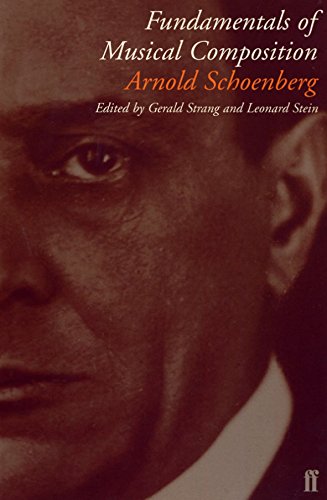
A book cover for Fundamentals of Musical Composition; Arnold Schoenberg; Arts & Photography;